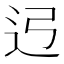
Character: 𰺳